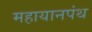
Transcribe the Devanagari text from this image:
महायानपंथ